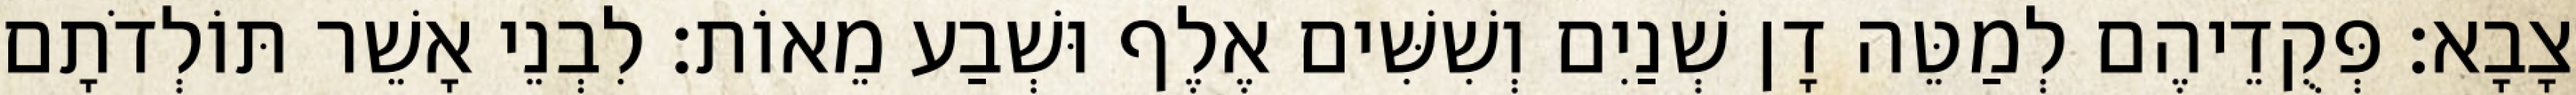
צָבָא׃ פְּקֻדֵיהֶם לְמַטֵּה דָן שְׁנַיִם וְשִׁשִּׁים אֶלֶף וּשְׁבַע מֵאוֹת׃ לִבְנֵי אָשֵׁר תּוֹלְדֹתָם